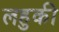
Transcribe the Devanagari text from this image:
लहुकी